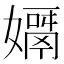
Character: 𡢓